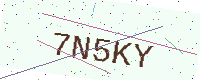
Text: 7N5KY